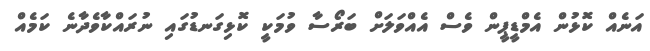
އަނެއް ކޮޅުން އެމްޑީޕީން ވެސް އެއްވަލަށް ބަރޯސާ ވުމަކީ ކޮޅިގަނޑުގައި ނުރައްކާވެދާނެ ކަމެއް